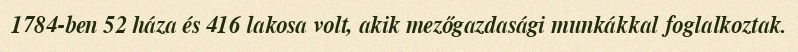
1784-ben 52 háza és 416 lakosa volt, akik mezőgazdasági munkákkal foglalkoztak.